Leningradi_Edasi_toimetus, lk 32
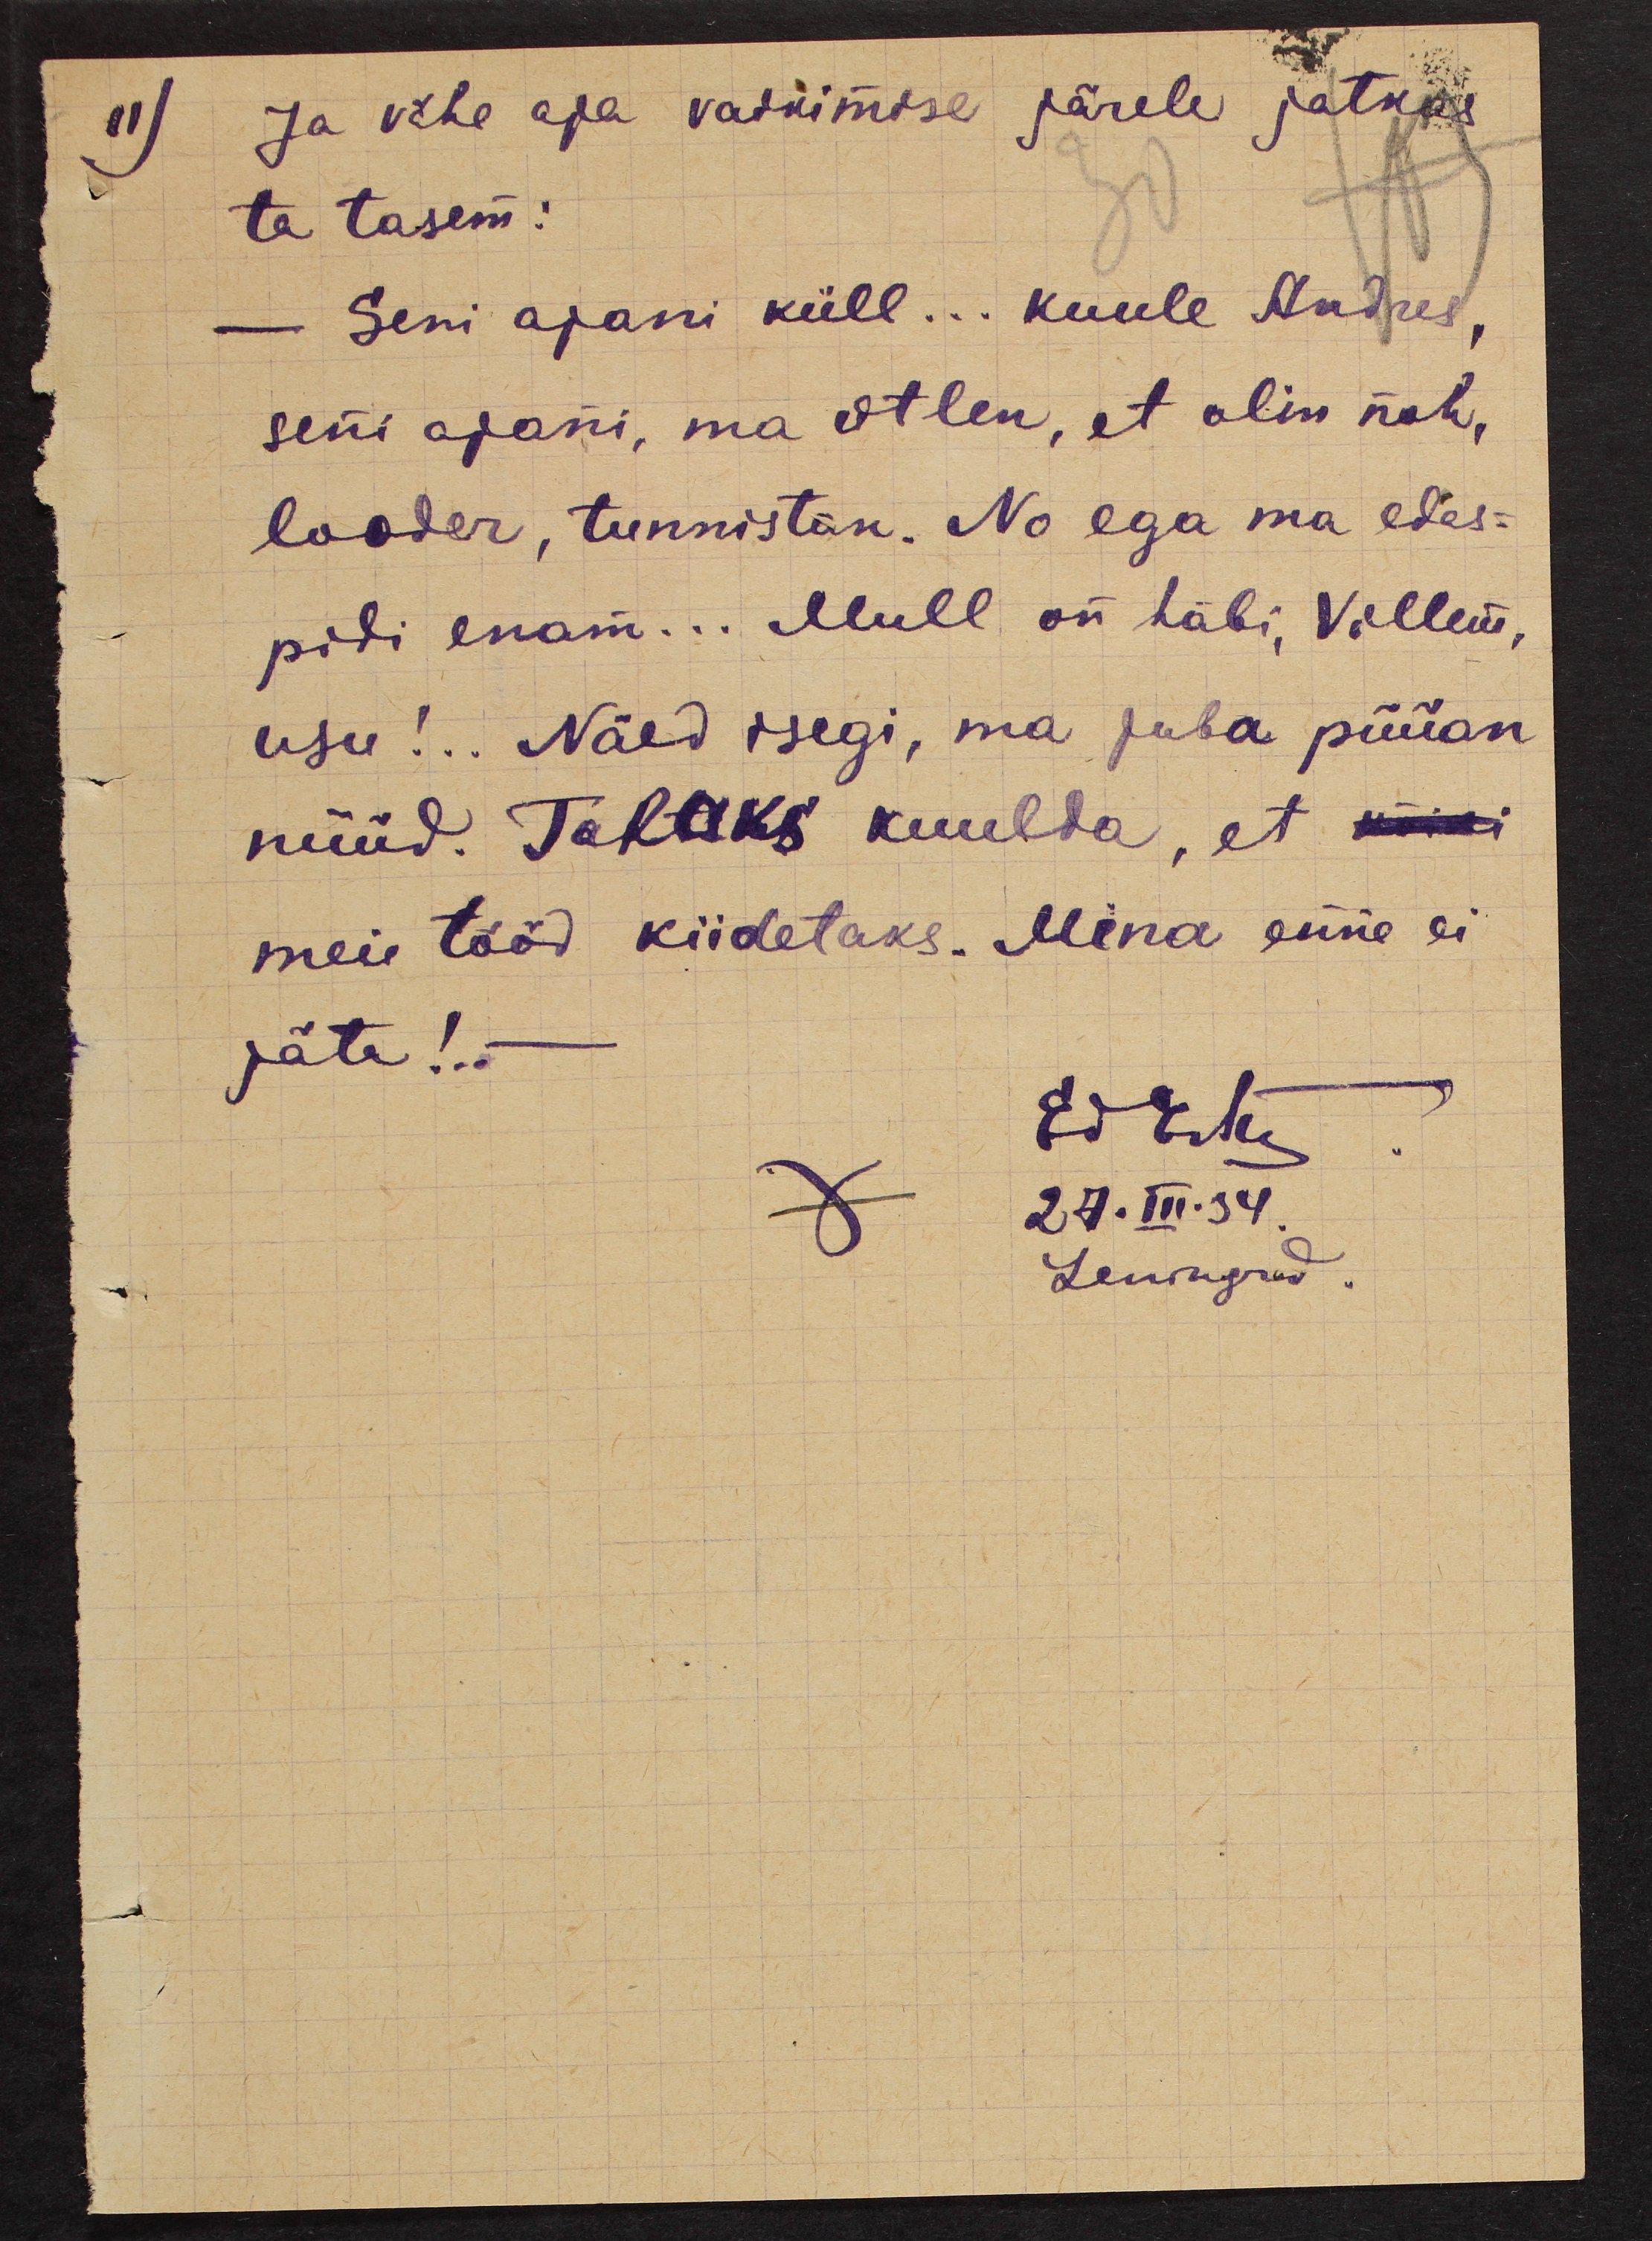
Ja vähe aja vaikimise järele jatkas
ta tasem:
- Seni ajani küll... kuule Andres,
seni ajani, ma ütlen, et olin noh,
looder, tunnistan. No ega ma edas-
pidi enam... Mull on läbi, Villem,
usu!.. Näed isegi, ma juba püüan
nüüd. Tahaks kuulda, et kõiki
meie tööd kiidetaks. Mina enne ei
jäta!..-
Ed Esta
27.III.34.
Leningrad.